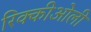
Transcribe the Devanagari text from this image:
रिक्कीओली